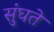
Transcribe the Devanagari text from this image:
सुंघते